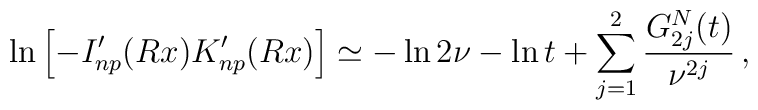
\ln \left [ -I'_{np}(Rx)K'_{np}(Rx)\right ] \simeq -\ln 2 \nu - \ln t+\sum_{j=1}^{2}\frac{G^N_{2j}(t)}{\nu^{2j}}\,{,}